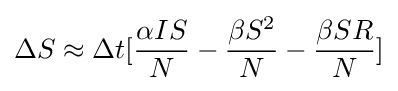
\Delta S\approx \Delta t[{\alpha IS \over N}-{\beta S^{2} \over N}-{\beta SR \over N}]